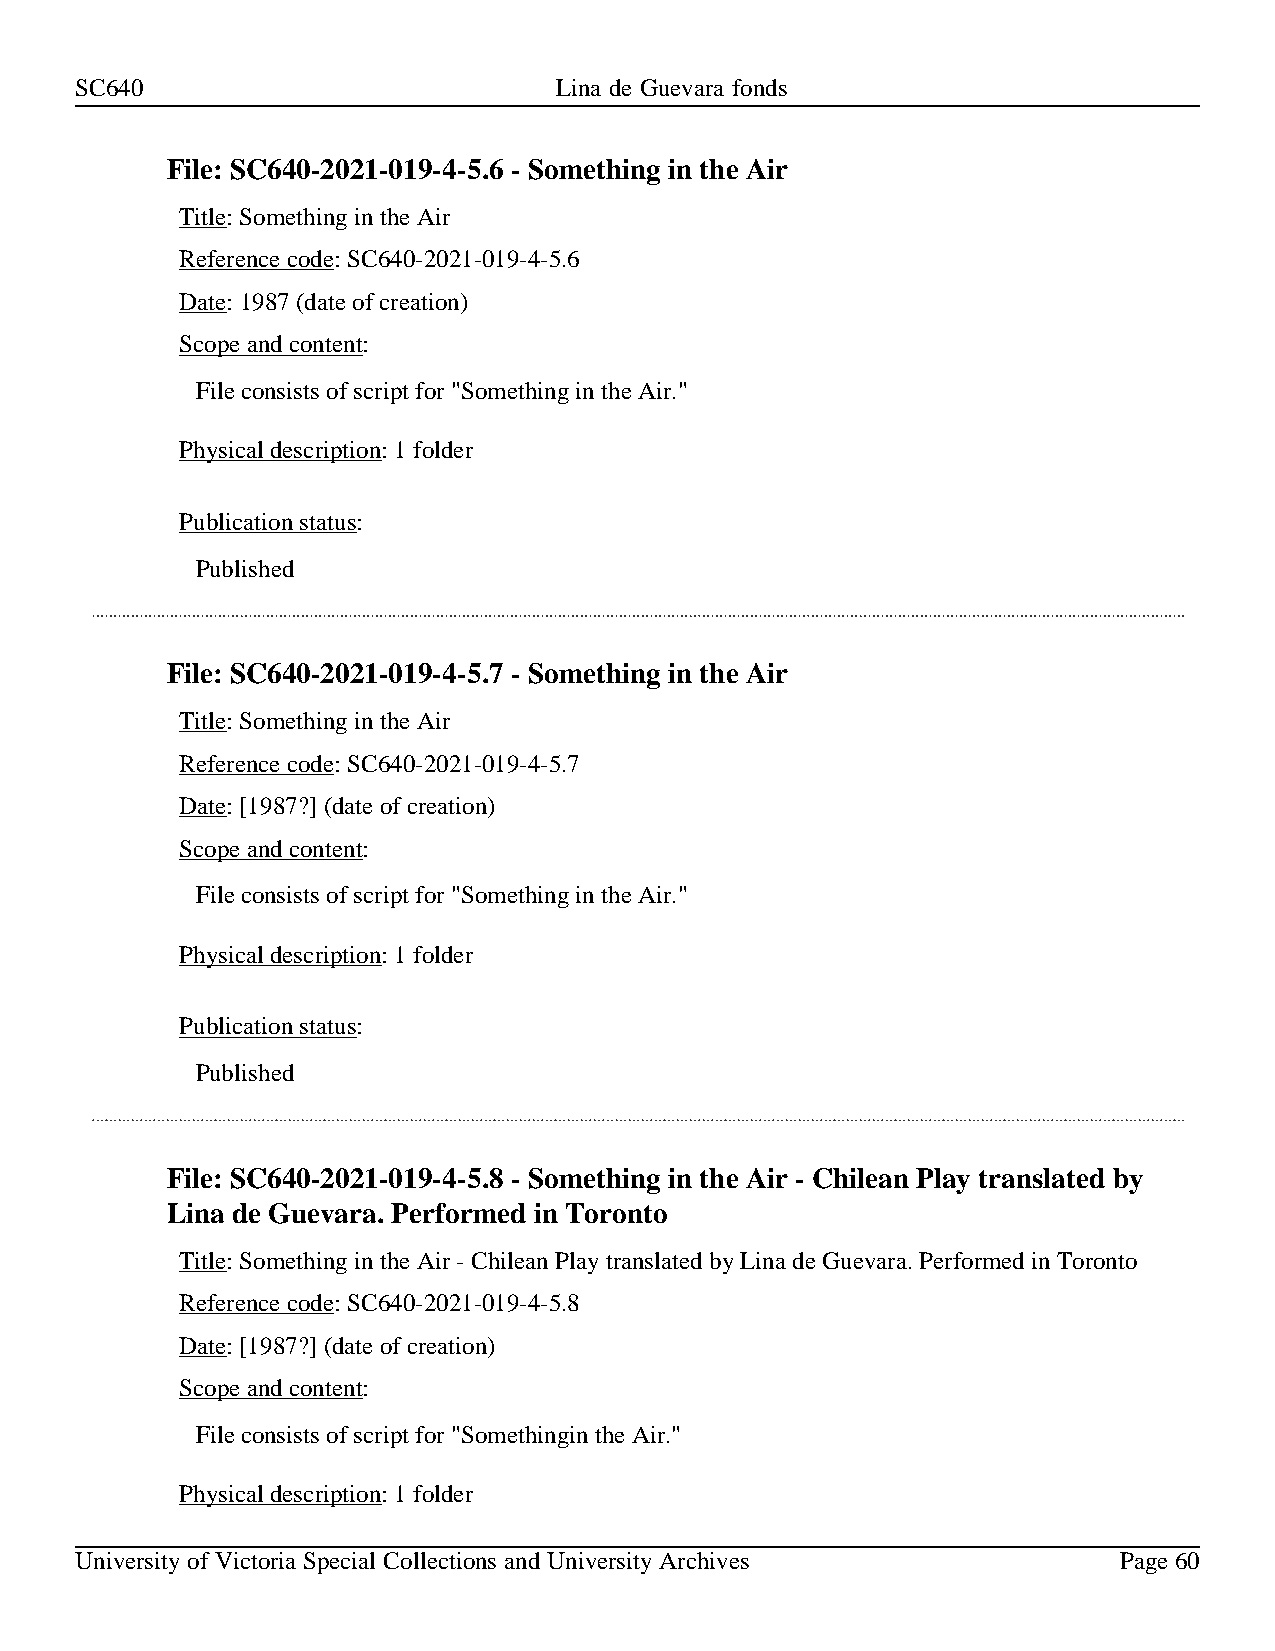
SC640                           Lina de Guevara fonds
 File: SC640-2021-019-4-5.6 - Something in the Air
 Title: Something in the Air
 Reference code: SC640-2021-019-4-5.6
 Date: 1987 (date of creation)
 Scope and content:
 File consists of script for "Something in the Air."
 Physical description: 1 folder
 Publication status:
 Published
 File: SC640-2021-019-4-5.7 - Something in the Air
 Title: Something in the Air
 Reference code: SC640-2021-019-4-5.7
 Date: [1987?] (date of creation)
 Scope and content:
 File consists of script for "Something in the Air."
 Physical description: 1 folder
 Publication status:
 Published
 File: SC640-2021-019-4-5.8 - Something in the Air - Chilean Play translated by
 Lina de Guevara. Performed in Toronto
 Title: Something in the Air - Chilean Play translated by Lina de Guevara. Performed in Toronto
 Reference code: SC640-2021-019-4-5.8
 Date: [1987?] (date of creation)
 Scope and content:
 File consists of script for "Somethingin the Air."
 Physical description: 1 folder
 University of Victoria Special Collections and University Archives   Page 60